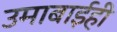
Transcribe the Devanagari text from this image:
उमाबाईही